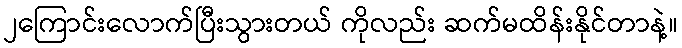
၂ကြောင်းလောက်ပြီးသွားတယ် ကိုလည်း ဆက်မထိန်းနိုင်တာနဲ့။